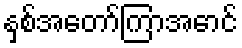
နှစ်အတော်ကြာအောင်